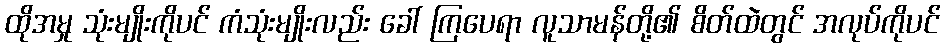
ထိုအမှု သုံးမျိုးကိုပင် ကံသုံးမျိုးလည်း ခေါ် ကြပေရာ လူသာမန်တို့၏ စိတ်ထဲတွင် အလုပ်ကိုပင်